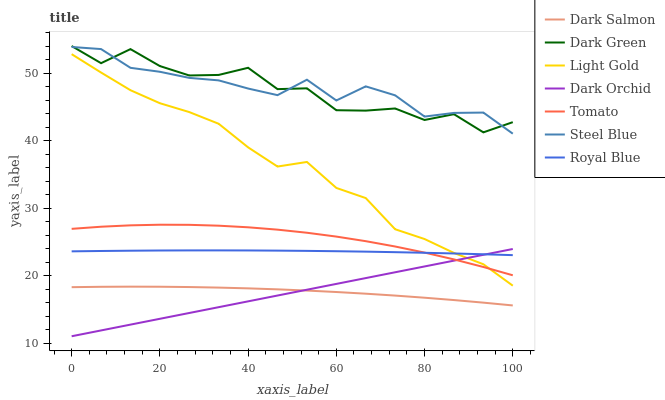
| xaxis_label | Dark Salmon | Dark Green | Light Gold | Dark Orchid | Tomato | Steel Blue | Royal Blue |
 | --- | --- | --- | --- | --- | --- | --- | --- |
 | 0 | 18.3 | 54 | 52.8 | 11 | 26.9 | 53.9 | 23.6 |
 | 6.67 | 18.3 | 51.5 | 50.1 | 11.9 | 27.2 | 53.5 | 23.6 |
 | 13.3 | 18.3 | 53.5 | 47.5 | 12.7 | 27.4 | 50.8 | 23.7 |
 | 20 | 18.3 | 51 | 45.5 | 13.6 | 27.5 | 50.2 | 23.7 |
 | 26.7 | 18.3 | 49.6 | 44.2 | 14.4 | 27.5 | 49.3 | 23.7 |
 | 33.3 | 18.2 | 49.7 | 42.5 | 15.3 | 27.4 | 48.9 | 23.7 |
 | 40 | 18.1 | 50.8 | 39 | 16.2 | 27.1 | 47.7 | 23.7 |
 | 46.7 | 17.9 | 47.6 | 36.1 | 17 | 26.8 | 46.7 | 23.7 |
 | 53.3 | 17.8 | 47.7 | 36.8 | 17.9 | 26.3 | 49 | 23.6 |
 | 60 | 17.6 | 44.5 | 33 | 18.8 | 25.8 | 45.9 | 23.6 |
 | 66.7 | 17.3 | 44.4 | 31.5 | 19.6 | 25.1 | 48 | 23.5 |
 | 73.3 | 17 | 44.7 | 26.9 | 20.5 | 24.3 | 46.7 | 23.5 |
 | 80 | 16.7 | 43 | 25.4 | 21.3 | 23.4 | 43.5 | 23.4 |
 | 86.7 | 16.4 | 43.9 | 23.3 | 22.2 | 22.4 | 44.1 | 23.3 |
 | 93.3 | 16 | 41.2 | 21.7 | 23.1 | 21.3 | 44.1 | 23.1 |
 | 100 | 15.6 | 42.7 | 18.5 | 23.9 | 20 | 41 | 23 |